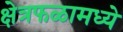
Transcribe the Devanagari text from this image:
क्षेत्रफळामध्ये